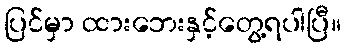
ပြင်မှာ ထားဘေးနှင့်တွေ့ရပါပြီ။